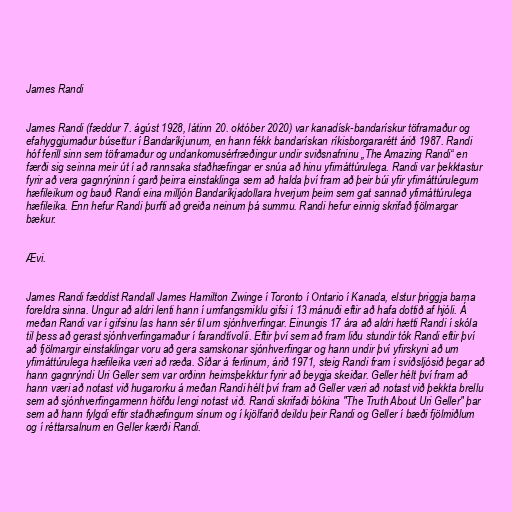
James Randi

James Randi (fæddur 7. ágúst 1928, látinn 20. október 2020) var kanadísk-bandarískur töframaður og
efahyggjumaður búsettur í Bandaríkjunum, en hann fékk bandarískan ríkisborgararétt árið 1987. Randi
hóf ferill sinn sem töframaður og undankomusérfræðingur undir sviðsnafninu „The Amazing Randi“ en
færði sig seinna meir út í að rannsaka staðhæfingar er snúa að hinu yfirnáttúrulega. Randi var þekktastur
fyrir að vera gagnrýninn í garð þeirra einstaklinga sem að halda því fram að þeir búi yfir yfirnáttúrulegum
hæfileikum og bauð Randi eina milljón Bandaríkjadollara hverjum þeim sem gat sannað yfirnáttúrulega
hæfileika. Enn hefur Randi þurfti að greiða neinum þá summu. Randi hefur einnig skrifað fjölmargar
bækur.

Ævi.

James Randi fæddist Randall James Hamilton Zwinge í Toronto í Ontario í Kanada, elstur þriggja barna
foreldra sinna. Ungur að aldri lenti hann í umfangsmiklu gifsi í 13 mánuði eftir að hafa dottið af hjóli. Á
meðan Randi var í gifsinu las hann sér til um sjónhverfingar. Einungis 17 ára að aldri hætti Randi í skóla
til þess að gerast sjónhverfingamaður í farandtívolíi. Eftir því sem að fram liðu stundir tók Randi eftir því
að fjölmargir einstaklingar voru að gera samskonar sjónhverfingar og hann undir því yfirskyni að um
yfirnáttúrulega hæfileika væri að ræða. Síðar á ferlinum, árið 1971, steig Randi fram í sviðsljósið þegar að
hann gagnrýndi Uri Geller sem var orðinn heimsþekktur fyrir að beygja skeiðar. Geller hélt því fram að
hann væri að notast við hugarorku á meðan Randi hélt því fram að Geller væri að notast við þekkta brellu
sem að sjónhverfingarmenn höfðu lengi notast við. Randi skrifaði bókina "The Truth About Uri Geller" þar
sem að hann fylgdi eftir staðhæfingum sínum og í kjölfarið deildu þeir Randi og Geller í bæði fjölmiðlum
og í réttarsalnum en Geller kærði Randi.